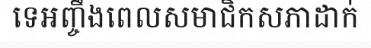
ទេអញ្ចឹងពេលសមាជិកសភាដាក់